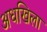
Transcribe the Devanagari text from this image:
अधखिला